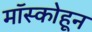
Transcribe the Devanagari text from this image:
मॉस्कोहून